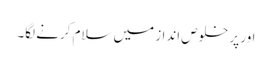
اور پر خلوص انداز میں سلام کرنے لگا۔